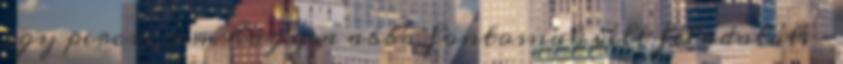
egy percre sem hagyva abba fontosnak vélt feladatát. –